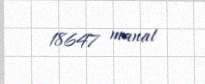
18647 manat